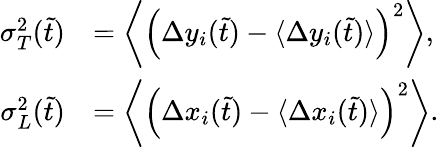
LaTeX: \begin{array}{rl}{\sigma_{T}^{2}(\tilde{t})}&{=\left\langle\left(\Delta y_{i}(\tilde{t})-\langle\Delta y_{i}(\tilde{t})\rangle\right)^{2}\right\rangle,}\\ {\sigma_{L}^{2}(\tilde{t})}&{=\left\langle\left(\Delta x_{i}(\tilde{t})-\langle\Delta x_{i}(\tilde{t})\rangle\right)^{2}\right\rangle.}\end{array}